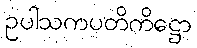
ဥပါသကပတိကိဋ္ဌော